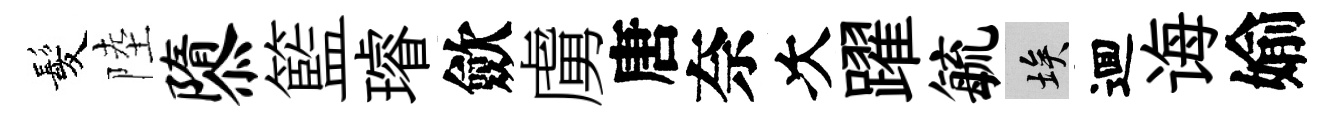
髪陸隳籃璿歛虜唐奈次躍毓埃逥诲媮